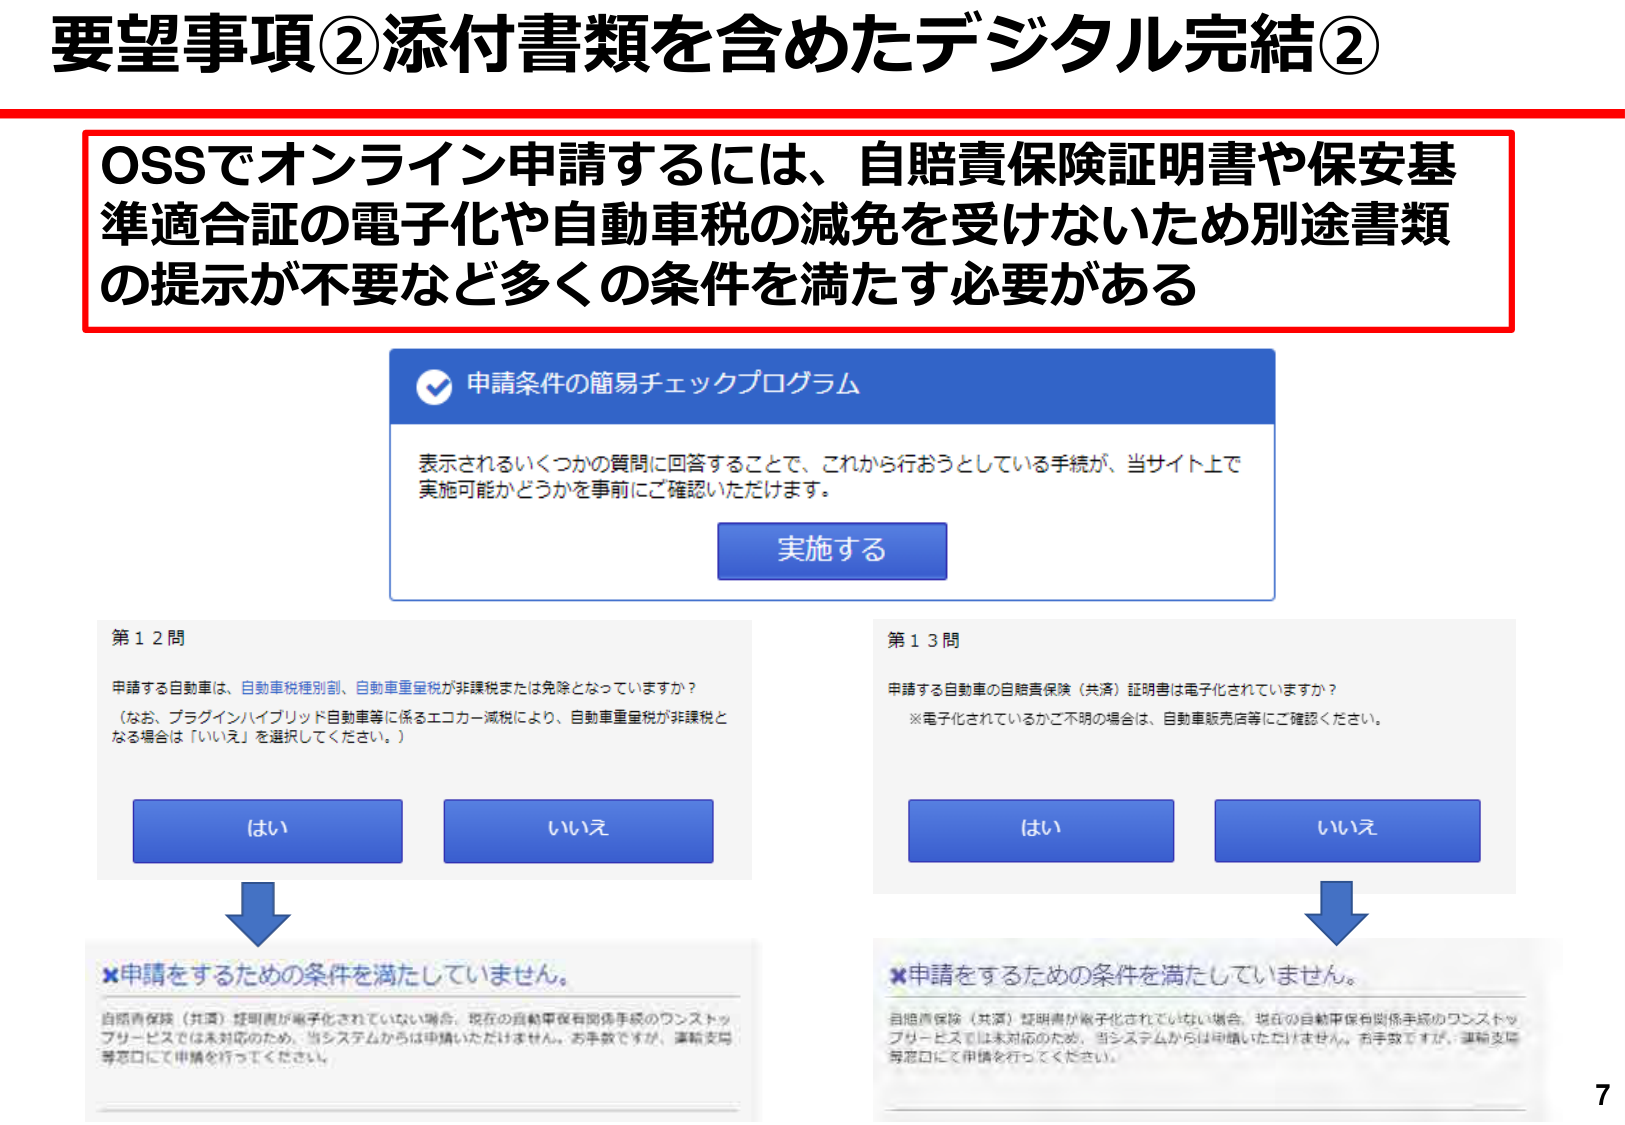
要望事項②添付書類を含めたデジタル完結②

OSSでオンライン申請するには、自賠責保険証明書や保安基準適合証の電子化や自動車税の減免を受けないため別途書類の提示が不要など多くの条件を満たす必要がある

申請条件の簡易チェックプログラム
表示されるいくつかの質問に回答することで、これから行おうとしている手続が、当サイト上で実施可能かどうかを事前にご確認いただけます。
実施する

第12問
申請する自動車は、自動車税種別割、自動車重量税が非課税または免除となっていますか？
（なお、プラグインハイブリッド自動車等に係るエコカー減税により、自動車重量税が非課税となる場合は「いいえ」を選択してください。）
はい
いいえ

第13問
申請する自動車の自賠責保険（共済）証明書は電子化されていますか？
※電子化されているかご不明の場合は、自動車販売店等にご確認ください。
はい
いいえ

×申請をするための条件を満たしていません。
自賠責保険（共済）証明書が電子化されていない場合、現在の自動車保有関係手続のワンストップサービスでは未対応のため、当システムからは申請いただけません。お手数ですが、運輸支局等窓口にて申請を行ってください。

×申請をするための条件を満たしていません。
自賠責保険（共済）証明書が電子化されていない場合、現在の自動車保有関係手続のワンストップサービスでは未対応のため、当システムからは申請いただけません。お手数ですが、運輸支局等窓口にて申請を行ってください。

7